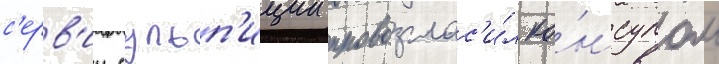
с'ерв'ии сульп'иции провозглас'и́л ко́нсулом